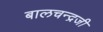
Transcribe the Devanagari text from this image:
बालचन्द्रजी